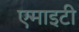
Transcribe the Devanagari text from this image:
एमाइटी